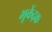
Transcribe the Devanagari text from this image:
भूकेंद्रक